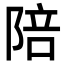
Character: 陪